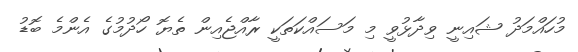
މުހައްމަދު ޝައިނީ ވިދާޅުވީ މި މަސައްކަތަކީ ރާއްޖެއިން ތެޔޮ ހޯދުމުގެ އެންމެ ބޮޑު